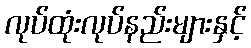
လုပ်ထုံးလုပ်နည်းများနှင့်